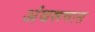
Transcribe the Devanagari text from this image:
अंथरूणास